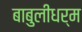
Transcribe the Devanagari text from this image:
बाबुलीधर्म